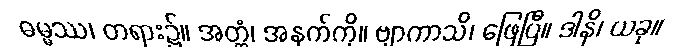
ဓမ္မဿ၊ တရား၌။ အတ္ထံ၊ အနက်ကို။ ဗျာကာသိ၊ ဖြေပြီ။ ဒါနိ၊ ယခု။